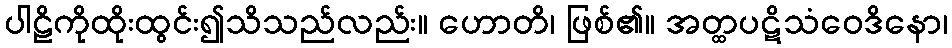
ပါဠိကိုထိုးထွင်း၍သိသည်လည်း။ ဟောတိ၊ ဖြစ်၏။ အတ္ထပဋိသံဝေဒိနော၊